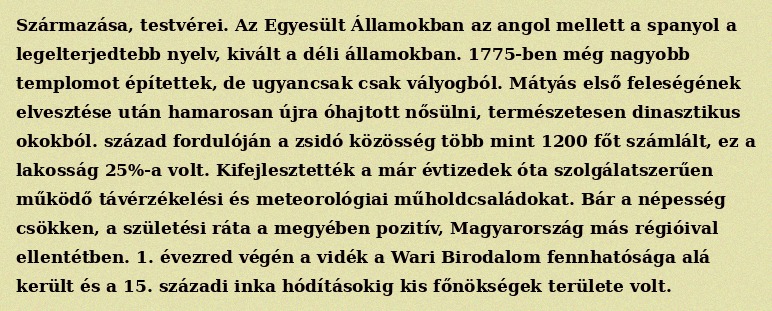
Származása, testvérei. Az Egyesült Államokban az angol mellett a spanyol a legelterjedtebb nyelv, kivált a déli államokban. 1775-ben még nagyobb templomot építettek, de ugyancsak csak vályogból. Mátyás első feleségének elvesztése után hamarosan újra óhajtott nősülni, természetesen dinasztikus okokból. század fordulóján a zsidó közösség több mint 1200 főt számlált, ez a lakosság 25%-a volt. Kifejlesztették a már évtizedek óta szolgálatszerűen működő távérzékelési és meteorológiai műholdcsaládokat. Bár a népesség csökken, a születési ráta a megyében pozitív, Magyarország más régióival ellentétben. 1. évezred végén a vidék a Wari Birodalom fennhatósága alá került és a 15. századi inka hódításokig kis főnökségek területe volt.